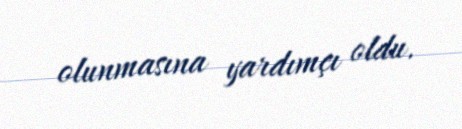
olunmasına yardımçı oldu.